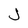
Character: J